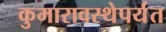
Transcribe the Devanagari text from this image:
कुमारावस्थेपर्यंत